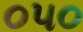
૦૫૦